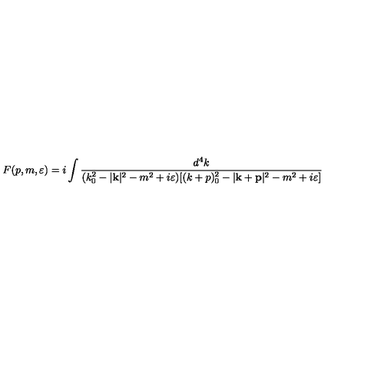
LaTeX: F ( p , m , \varepsilon ) = i \int \frac { d ^ { 4 } k } { ( k _ { 0 } ^ { 2 } - | \mathbf { k } | ^ { 2 } - m ^ { 2 } + i \varepsilon ) [ ( k + p ) _ { 0 } ^ { 2 } - | \mathbf { k } + \mathbf { p } | ^ { 2 } - m ^ { 2 } + i \varepsilon ] }